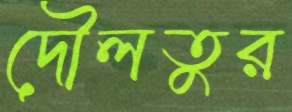
দৌলতুর